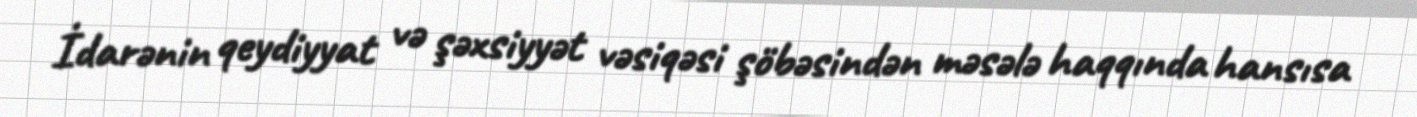
İdarənin qeydiyyat və şəxsiyyət vəsiqəsi şöbəsindən məsələ haqqında hansısa